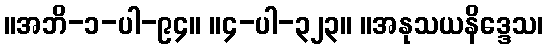
။အဘိ-၁-ပါ-၉၄။ ။၄-ပါ-၃၂၃။ ။အနုသယနိဒ္ဒေသ၊